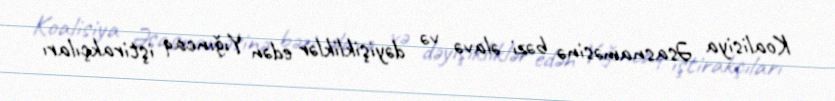
Koalisiya Əsasnaməsinə bəzi əlavə və dəyişikliklər edən Yığıncaq iştirakçıları